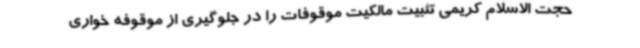
حجت الاسلام کریمی تثبیت مالکیت موقوفات را در جلوگیری از موقوفه خواری